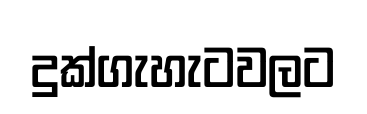
දුක්ගැහැටවලට